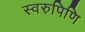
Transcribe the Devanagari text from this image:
स्वरुपिणि